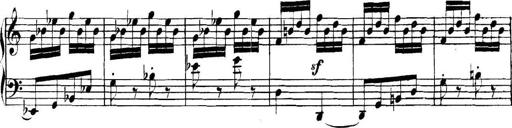
Title: Collected Piano Sonatas
Composer: Muzio Clementi